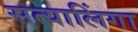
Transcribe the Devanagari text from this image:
सत्यालिंगा